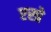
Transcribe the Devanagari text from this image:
एस्प्रे